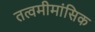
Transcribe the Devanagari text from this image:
तत्वमीमांसिक